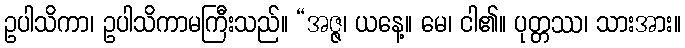
ဥပါသိကာ၊ ဥပါသိကာမကြီးသည်။ “အဇ္ဇ၊ ယနေ့။ မေ၊ ငါ၏။ ပုတ္တဿ၊ သားအား။